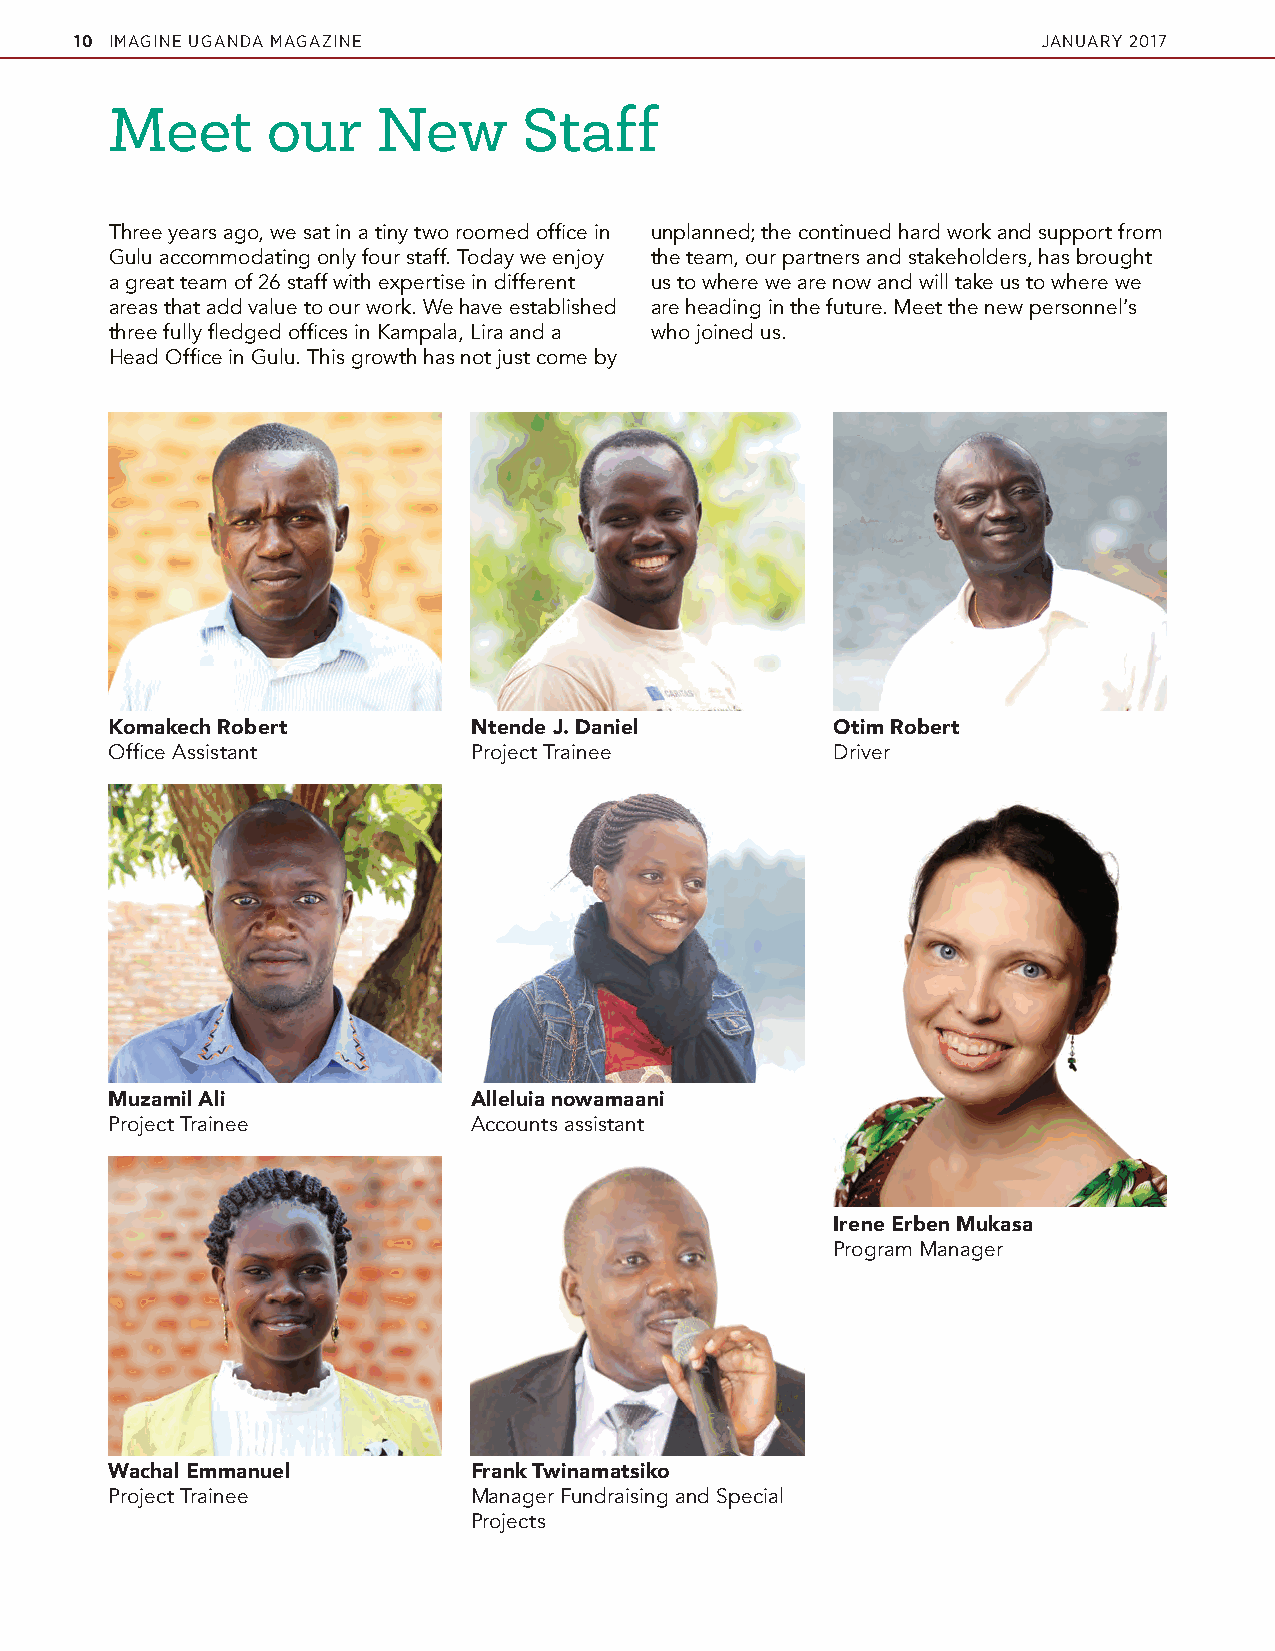
10 IMAGINE UGANDA MAGAZINE                                      JANUARY 2017
 Meet       our    New       Staff
 Three years ago, we sat in a tiny two roomed office in unplanned; the continued hard work and support from
 Gulu accommodating only four staff. Today we enjoy the team, our partners and stakeholders, has brought
 a great team of 26 staff with expertise in different us to where we are now and will take us to where we
 areas that add value to our work. We have established are heading in the future. Meet the new personnel’s
 three fully fledged offices in Kampala, Lira and a who joined us.
 Head Office in Gulu. This growth has not just come by
 Komakech Robert         Ntende J. Daniel        Otim Robert
 Office Assistant        Project Trainee         Driver
 Muzamil Ali             Alleluia nowamaani
 Project Trainee         Accounts assistant
 Irene Erben Mukasa
 Program Manager
 Wachal Emmanuel         Frank Twinamatsiko
 Project Trainee         Manager Fundraising and Special
 Projects